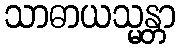
သာဓာယသ္မန္တာ